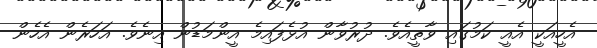
އެހީއަކީ އެއީ ކަމުގައި ވާތީއެވެ. ދުރުވާން އުޅެފައިމެ އީންމަޑުން އިނެވެ. އަހަރެން އެހެން